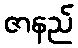
ဇာနည်